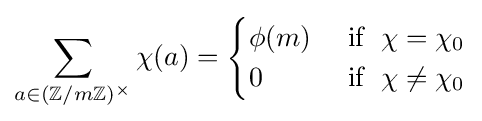
\sum _{a\in (\mathbb {Z} /m\mathbb {Z} )^{\times }}\chi (a)={\begin{cases}\phi (m)&{\text{ if  }}\;\chi =\chi _{0}\\0&{\text{ if  }}\;\chi \neq \chi _{0}\end{cases}}